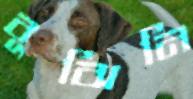
বুঝিনি